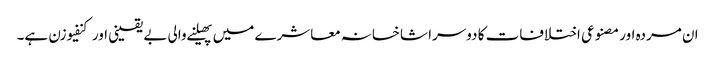
ان مردہ اور مصنوعی اختلافات کا دوسرا شاخسانہ معاشرے میں پھیلنے والی بے یقینی اور کنفیوزن ہے۔